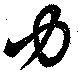
力